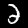
Label: 2